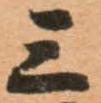
三